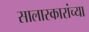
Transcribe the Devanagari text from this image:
सालास्कारांच्या